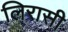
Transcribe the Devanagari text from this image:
लिरासी